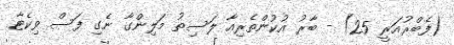
(ފެބްރުއަރީ 25) - ބާރު އުކުންތެރިއާ ލަސިތު މަލިންގާ ނެގި ފަސް ވިކެޓާ